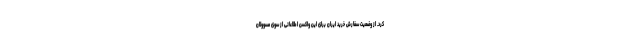
کرد. از وضعیت سفارش خرید ایران برای این واکسن اطلاعاتی از سوی مسوولان